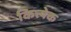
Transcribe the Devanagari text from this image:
कित्त्येक